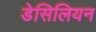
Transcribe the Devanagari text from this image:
डेसिलियन